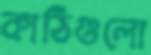
কাঠিগুলো